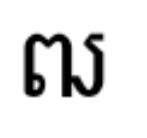
ឍ